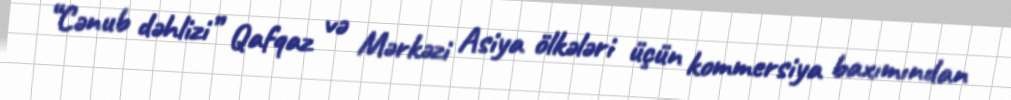
“Cənub dəhlizi” Qafqaz və Mərkəzi Asiya ölkələri üçün kommersiya baxımından